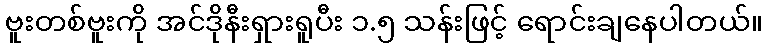
ဗူးတစ်ဗူးကို အင်ဒိုနီးရှားရူပီး ၁.၅ သန်းဖြင့် ရောင်းချနေပါတယ်။